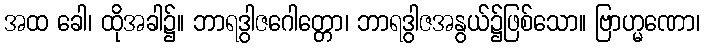
အထ ခေါ၊ ထိုအခါ၌။ ဘာရဒွါဇဂေါတ္တော၊ ဘာရဒွါဇအနွယ်၌ဖြစ်သော။ ဗြာဟ္မဏော၊